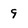
Character: 9